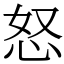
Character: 怒